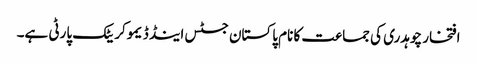
افتخار چوہدری کی جماعت کا نام پاکستان جسٹس اینڈ ڈیموکریٹک پارٹی ہے۔